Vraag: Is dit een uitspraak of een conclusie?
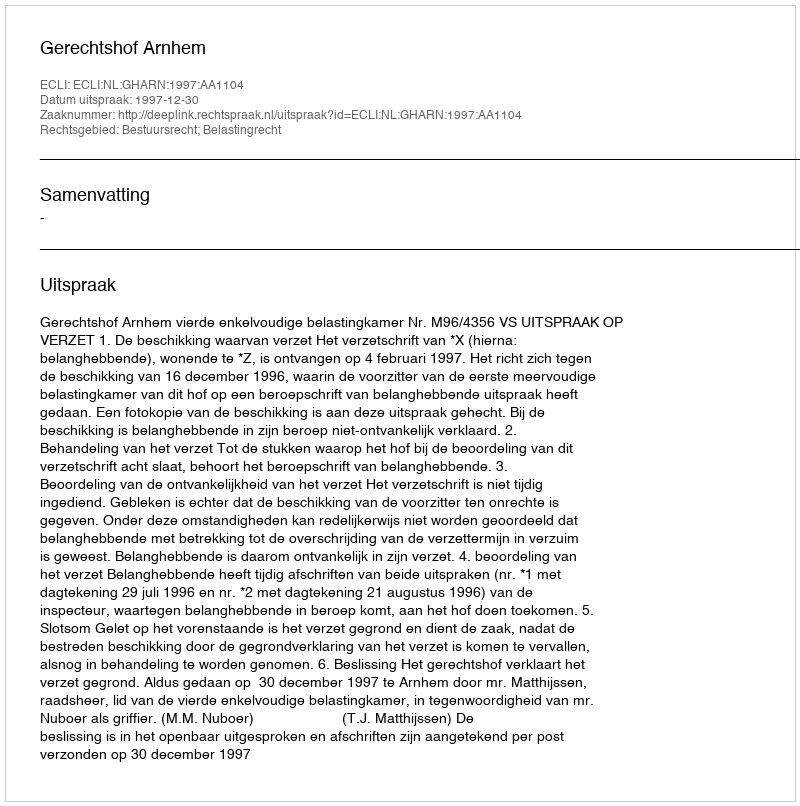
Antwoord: Uitspraak